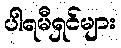
ပါရမီရှင်များ